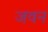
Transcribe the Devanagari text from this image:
जवन